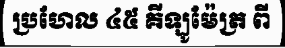
ប្រហែល ៤៥ គីឡូម៉ែត្រ ពី